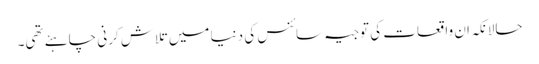
حالانکہ ان واقعات کی توجیہ سائنس کی دنیا میں تلاش کرنی چاہئے تھی۔